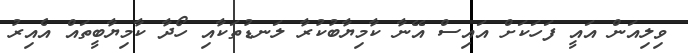
ވިލިއަން އައީ ފަހަަކަށް އައިސް އޭނާ ކާމިޔާބުކުރާ ލަނޑުތަކާއި ހޯދާ ކާމިޔާބީތައް އެއިރު